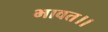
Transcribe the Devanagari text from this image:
भावत।।